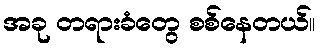
အခု တရားခံတွေ စစ်နေတယ်။